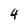
Character: 4